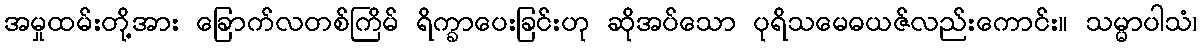
အမှုထမ်းတို့အား ခြောက်လတစ်ကြိမ် ရိက္ခာပေးခြင်းဟု ဆိုအပ်သော ပုရိသမေဓယဇ်လည်းကောင်း။ သမ္မာပါသံ၊